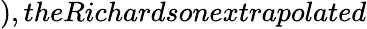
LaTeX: ),theRichardsonextrapolated